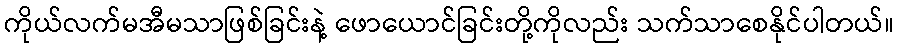
ကိုယ်လက်မအီမသာဖြစ်ခြင်းနဲ့ ဖောယောင်ခြင်းတို့ကိုလည်း သက်သာစေနိုင်ပါတယ်။